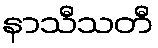
နာသီသတီ